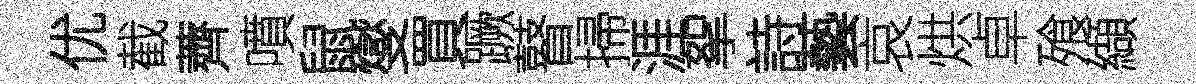
优截薺噴鼠燮買蹶瞽掃涯挐詩藝哀烘卓飱纈